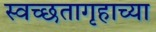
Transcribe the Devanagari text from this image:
स्वच्छतागृहाच्या